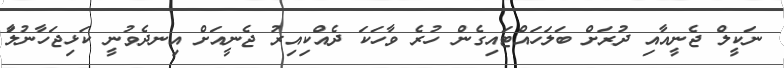
ނަކީލް ޖެނީއާއި ދުރަށް ބަލަހައްޓައިގެން ހުރެ ވާހަކަ ދެއްކިއިރު ޖެނީއަށް އިނދެވުނީ ކަޅިޖަހާނުލާަ